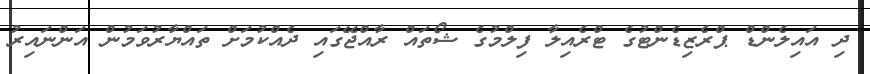
ދި އައިލެންޑް ޕްރެޒިޑެންޓުގެ ޓްރެއިލާ ފިލްމުގެ ޝޯތައް ރާއްޖޭގައި ދެއްކުމަށް ތައްޔާރުވަމުން އަންނައިރު